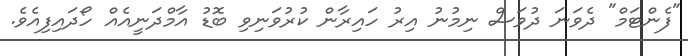
"ފެންޓަމް" ދެވަނަ ދުވަސް ނިމުނު އިރު ހައިރާން ކުރުވަނިވި ބޮޑު އާމްދަނީއެއް ހޯދައިފިއެވެ.